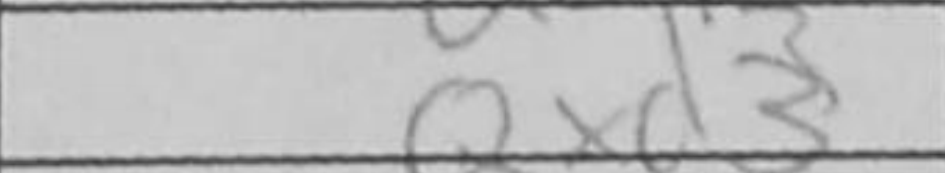
Transcription: Qxd3